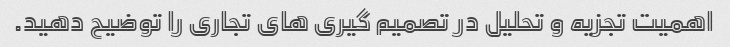
اهمیت تجزیه و تحلیل در تصمیم گیری های تجاری را توضیح دهید.